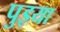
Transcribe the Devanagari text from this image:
पुइया